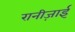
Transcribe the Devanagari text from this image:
रानीज़ाई